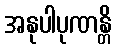
အနုပါပုဏန္တိ